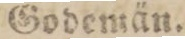
Godemän.